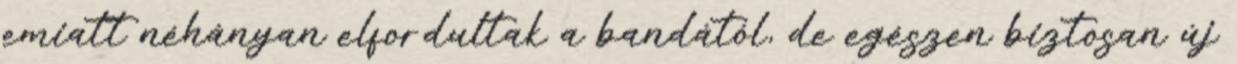
emiatt néhányan elfordultak a bandától, de egészen biztosan új